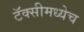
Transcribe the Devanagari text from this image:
टॅक्सीमध्येच